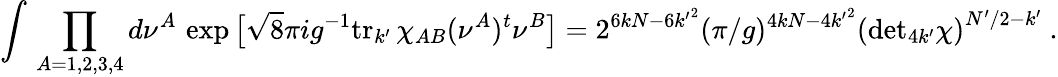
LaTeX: \int\, \prod_{A=1,2,3,4}d\nu^{A}\, \exp\big[\sqrt 8\pi ig^{-1}\mathrm{tr}_{k^{\prime}}\, \chi_{AB}(\nu^{A})^{t}\nu^{B}\big]=2^{6kN-6{k^{\prime}}^{2}}(\pi/g)^{4kN-4{k^{\prime}}^{2}}\left(\mathrm{det}_{4k^{\prime}}\chi\right)^{N^{\prime}/2-k^{\prime}}\ .